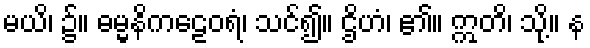
မယိ၊ ၌။ ဓမ္မနိကဠေဝရံ၊ သင်၍။ ဌိဟံ၊ ၏။ ဣတိ၊ သို့။ န